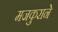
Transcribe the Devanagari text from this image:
मजकुराने